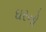
ઘરનો